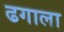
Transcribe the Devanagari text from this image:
ढगाला